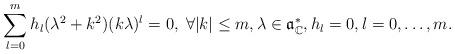
LaTeX: \begin{align*} \sum_{l=0}^m h_l(\lambda^2+k^2)(k\lambda)^l=0, \; \forall \vert k\vert\leq m, \lambda \in \mathfrak{a}^*_\mathbb{C}, h_l=0, l=0, \dots,m.\end{align*}